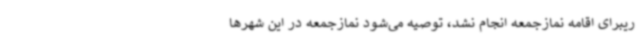
ریبرای اقامه نمازجمعه انجام نشد، توصیه می‌شود نمازجمعه در این شهرها